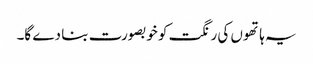
یہ ہاتھوں کی رنگت کو خوبصورت بنا دے گا۔